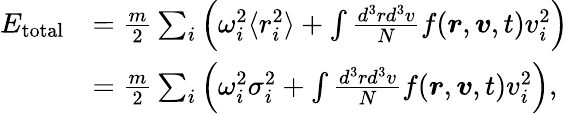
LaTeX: \begin{array}{rl}{E_{\mathrm{total}}}&{=\frac{m}{2}\sum_{i}\left(\omega_{i}^{2}\langle r_{i}^{2}\rangle+\int\frac{d^{3}rd^{3}v}{N}f(\boldsymbol{r},\boldsymbol{v},t)v_{i}^{2}\right)}\\ &{=\frac{m}{2}\sum_{i}\left(\omega_{i}^{2}\sigma_{i}^{2}+\int\frac{d^{3}rd^{3}v}{N}f(\boldsymbol{r},\boldsymbol{v},t)v_{i}^{2}\right),}\end{array}